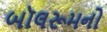
બૉલરૂમનો